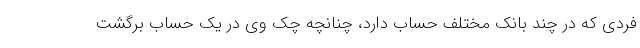
فردی که در چند بانک مختلف حساب دارد، چنانچه چک وی در یک حساب برگشت